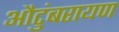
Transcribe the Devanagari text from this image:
औटुंबरायण